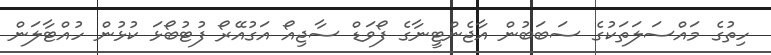
ހިތުގެ މައްސަލަތަކުގެ ސަބަބުން އާޖެންޓީނާގެ ފޯވަޑް ސާޖިއޯ އަގުއޭރޯ ފުޓުބޯޅަ ކުޅުން ހުއްޓާލަން